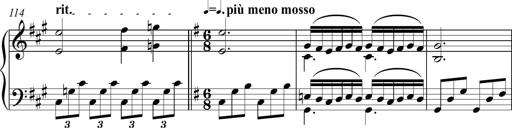
Title: Piano Sonatina in A major
Composer: Z Q Sysmoebius
Key: A major